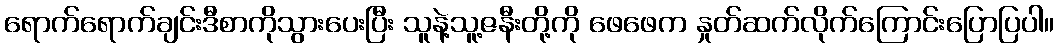
ရောက်ရောက်ချင်းဒီစာကိုသွားပေးပြီး သူနဲ့သူ့ဇနီးတို့ကို ဖေဖေက နှုတ်ဆက်လိုက်ကြောင်းပြောပြပါ။